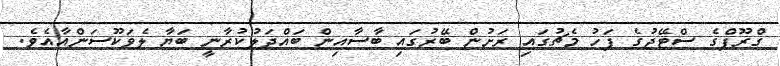
ގްރޫޕްގެ ސްޓޭޖުގެ ފަހު މެޗުގައި ރަށުން ބޭރުގައި ބާސާއިން ބައްދަލުކުރާނީ ބަޔާ ލެވަކޫސަންއާއެވެ.